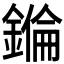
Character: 𨫅